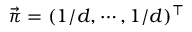
\vec { \pi } = ( 1 / d , \cdots , 1 / d ) ^ { \top }